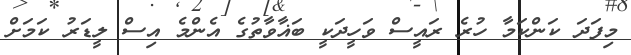
މިފަދަ ކަންކަމާ ހުރެ ރައީސް ވަހީދަކީ ބަޣާވާތުގެ އެންމެ އިސް ލީޑަރު ކަމަށް